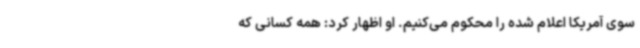
سوی آمریکا اعلام شده را محکوم می‌کنیم. او اظهار کرد: همه کسانی که